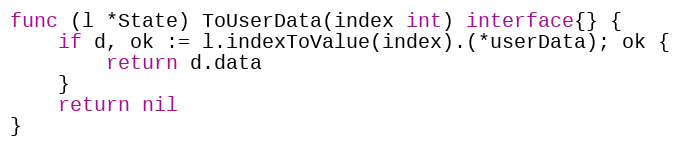
Language: Go
func (l *State) ToUserData(index int) interface{} {
	if d, ok := l.indexToValue(index).(*userData); ok {
		return d.data
	}
	return nil
}